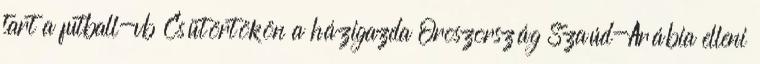
tart a futball-vb Csütörtökön a házigazda Oroszország Szaúd-Arábia elleni